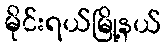
မိုင်းရယ်မြို့နယ်